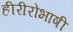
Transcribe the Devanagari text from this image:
हीरीरोभाषी